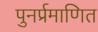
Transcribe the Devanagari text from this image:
पुनर्प्रमाणित